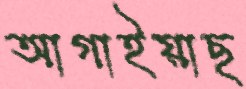
আগাইয়াছ